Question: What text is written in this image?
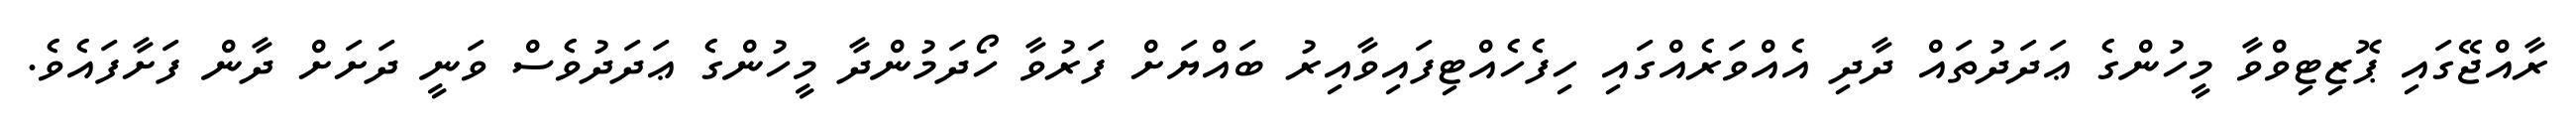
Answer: ރާއްޖޭގައި ޕޮޒިޓިވްވާ މީހުންގެ ޢަދަދުތައް ދާދި އެއްވަރެއްގައި ހިފެހެއްޓިފައިވާއިރު ބައްޔަށް ފަރުވާ ހޯދަމުންދާ މީހުންގެ ޢަދަދުވެސް ވަނީ ދަށަށް ދާން ފަށާފައެވެ.